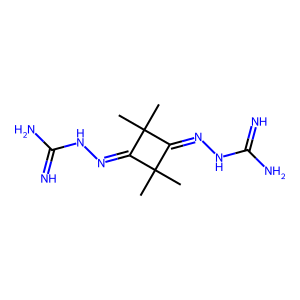
SMILES: CC1(C)C(=NNC(=N)N)C(C)(C)C1=NNC(=N)N
Inhibits HIV replication: No